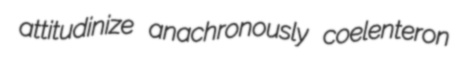
attitudinize anachronously coelenteron